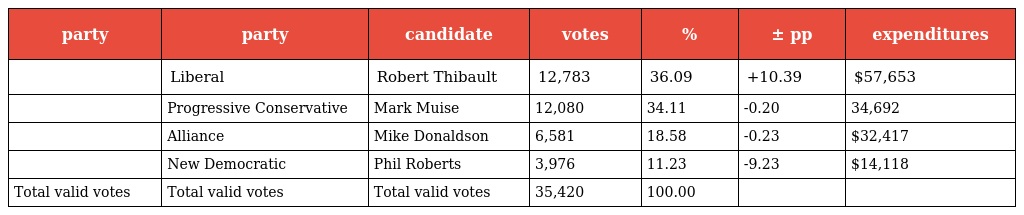
| party | party | candidate | votes | % | ± pp | expenditures |
 | --- | --- | --- | --- | --- | --- | --- |
 |  | Liberal | Robert Thibault | 12,783 | 36.09 | +10.39 | $57,653 |
 |  | Progressive Conservative | Mark Muise | 12,080 | 34.11 | -0.20 | 34,692 |
 |  | Alliance | Mike Donaldson | 6,581 | 18.58 | -0.23 | $32,417 |
 |  | New Democratic | Phil Roberts | 3,976 | 11.23 | -9.23 | $14,118 |
 | Total valid votes | Total valid votes | Total valid votes | 35,420 | 100.00 |  |  |